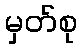
မှတ်စု